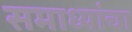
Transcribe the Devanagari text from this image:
समाध्यांचा